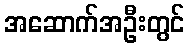
အဆောက်အဦးတွင်